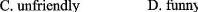
C.unfriendly D. funny